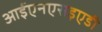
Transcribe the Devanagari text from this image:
आईएनएसइएडी